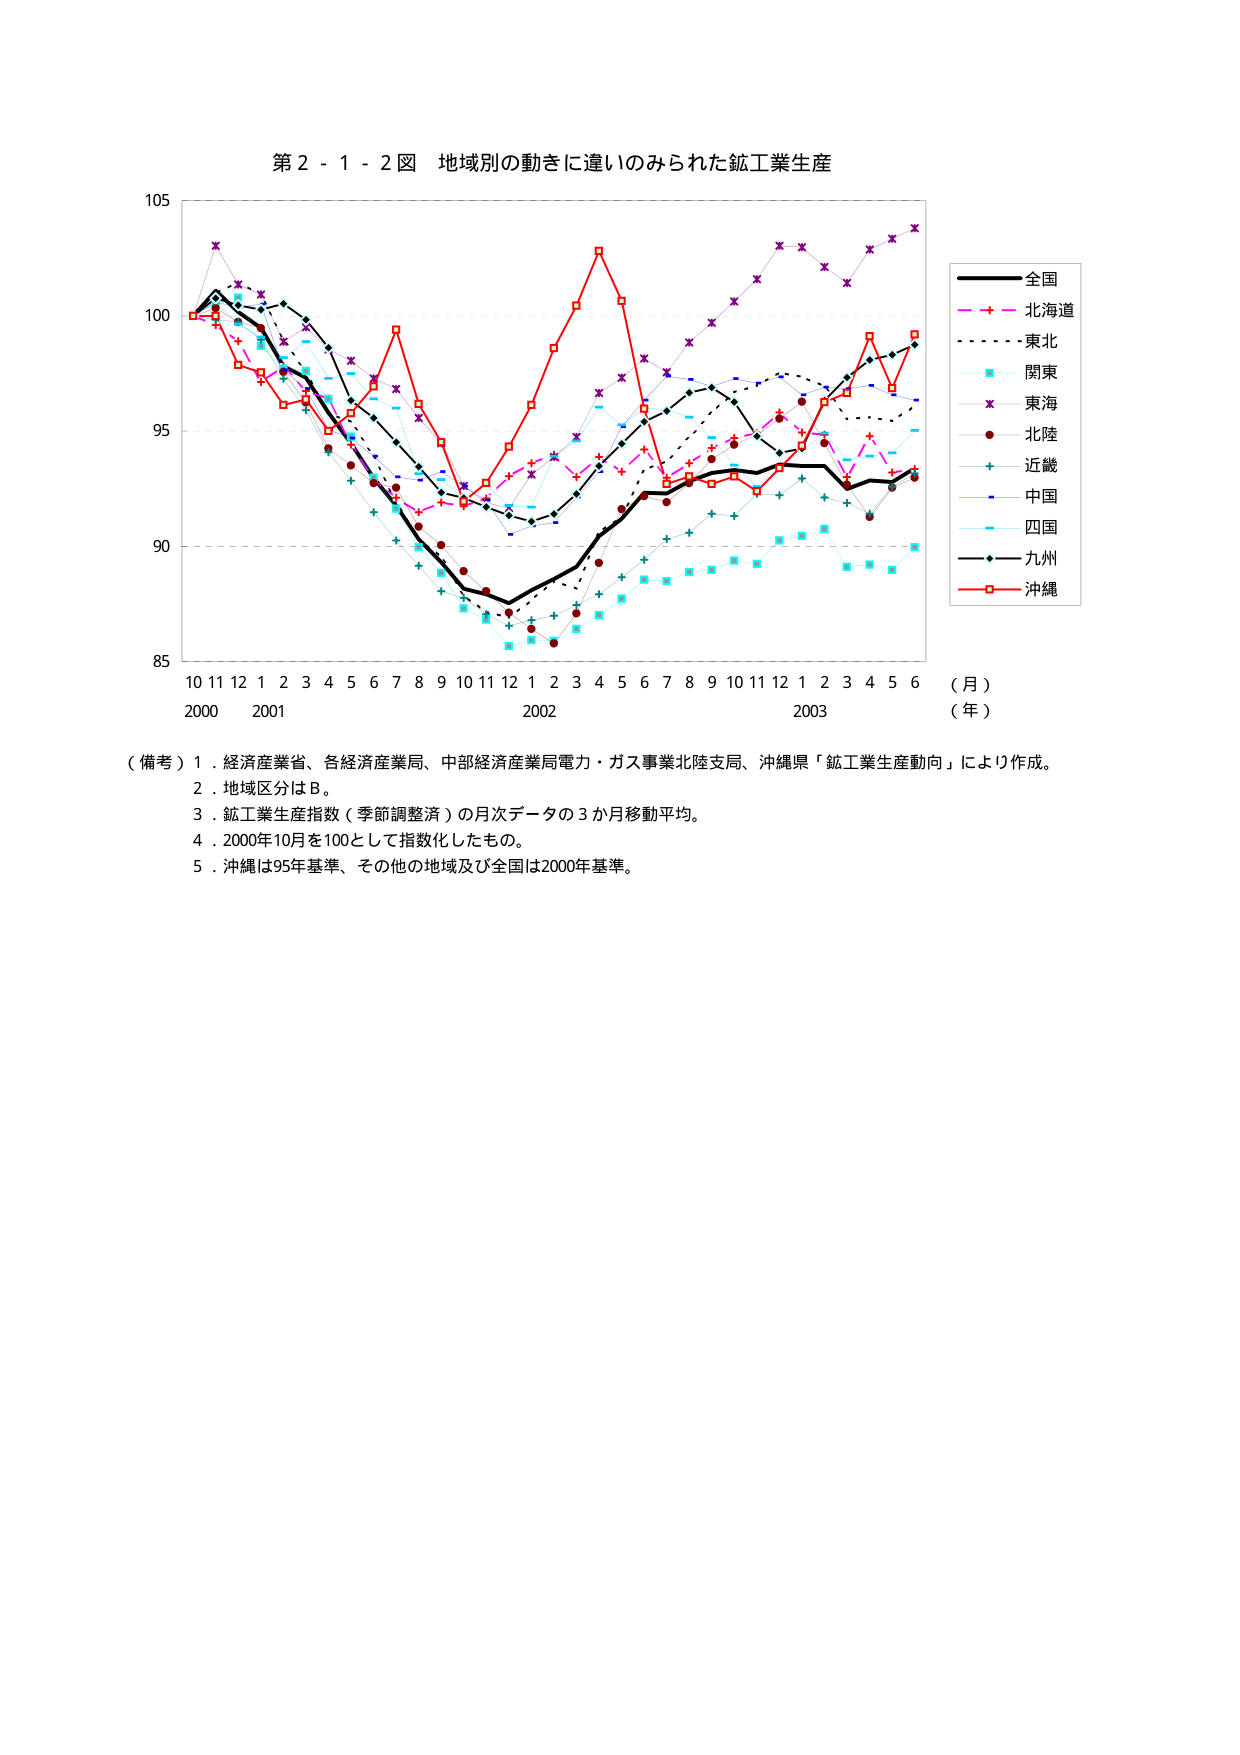
第２－１－２図 地域別の動きに違いのみられた鉱工業生産

105
100
95
90
85

10 11 12 1 2 3 4 5 6 7 8 9 10 11 12 1 2 3 4 5 6 7 8 9 10 11 12 1 2 3 4 5 6
2000 2001 2002 2003
（月）
（年）

全国
北海道
東北
関東
東海
北陸
近畿
中国
四国
九州
沖縄

（備考）１．経済産業省、各経済産業局、中部経済産業局電力・ガス事業北陸支局、沖縄県「鉱工業生産動向」により作成。
　　　２．地域区分はＢ。
　　　３．鉱工業生産指数（季節調整済）の月次データの３か月移動平均。
　　　４．2000年10月を100として指数化したもの。
　　　５．沖縄は95年基準、その他の地域及び全国は2000年基準。